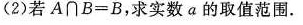
(2)若$$A\cap B = B$$，求实数α的取值范围.